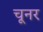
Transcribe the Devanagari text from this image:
चूनर